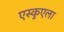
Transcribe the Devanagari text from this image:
एस्कुएला